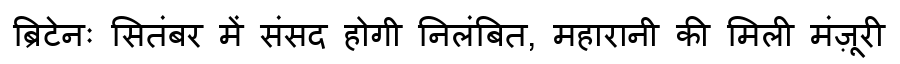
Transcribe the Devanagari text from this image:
ब्रिटेनः सितंबर में संसद होगी निलंबित, महारानी की मिली मंज़ूरी